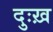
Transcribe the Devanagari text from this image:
दुःख़